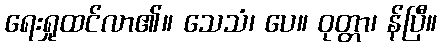
ရေးရှုထင်လာ၏။ သေသံ၊ ပေ။ ဝုတ္တာ၊ န်ပြီ။